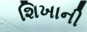
શિખાની